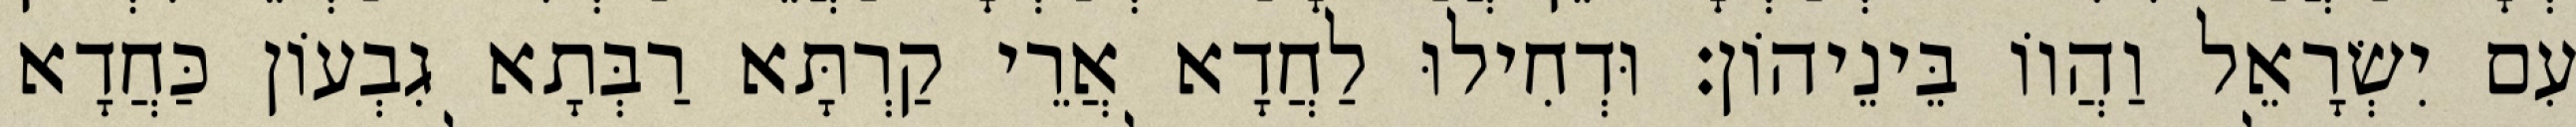
עִם יִשְׂרָאֵל וַהֲווֹ בֵּינֵיהוֹן׃ וּדְחִילוּ לַחֲדָא אֲרֵי קַרְתָּא רַבְּתָא גִבְעוֹן כַּחֲדָא